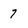
Character: 7